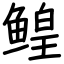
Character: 鳇